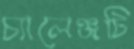
চ্যালেঞ্জটি